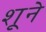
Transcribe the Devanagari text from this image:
शूने